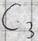
Text: C3